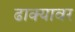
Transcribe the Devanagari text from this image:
ढाक्यावर